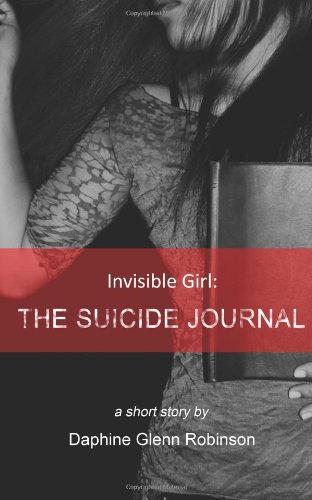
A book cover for Invisible Girl: The Suicide Journal; Daphine Glenn Robinson; Christian Books & Bibles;